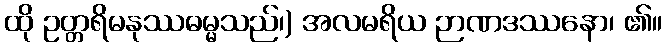
ထို ဥတ္တရိမနုဿဓမ္မသည်၊) အလမရိယ ဉာဏဒဿနော၊ ၏။